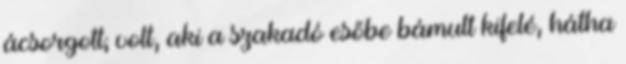
ácsorgott; volt, aki a szakadó esőbe bámult kifelé, hátha